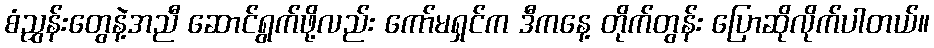
စံညွှန်းတွေနဲ့အညီ ဆောင်ရွက်ဖို့လည်း ကော်မရှင်က ဒီကနေ့ တိုက်တွန်း ပြောဆိုလိုက်ပါတယ်။